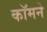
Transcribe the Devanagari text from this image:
कॉमने